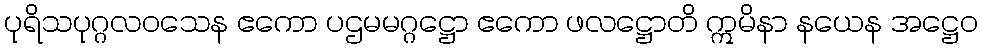
ပုရိသပုဂ္ဂလဝသေန ဧကော ပဌမမဂ္ဂဋ္ဌော ဧကော ဖလဋ္ဌောတိ ဣမိနာ နယေန အဋ္ဌေဝ